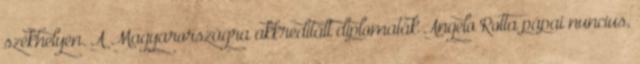
székhelyén. A Magyarországra akkreditált diplomaták Angelo Rotta pápai nuncius,